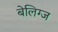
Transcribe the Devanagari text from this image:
बेलिग्ज